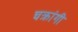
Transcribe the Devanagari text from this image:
चक्रांगी